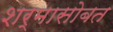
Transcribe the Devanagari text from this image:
शर्मासोबत